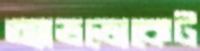
অ্যাভভোকেট